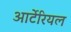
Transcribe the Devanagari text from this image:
आर्टेरियल